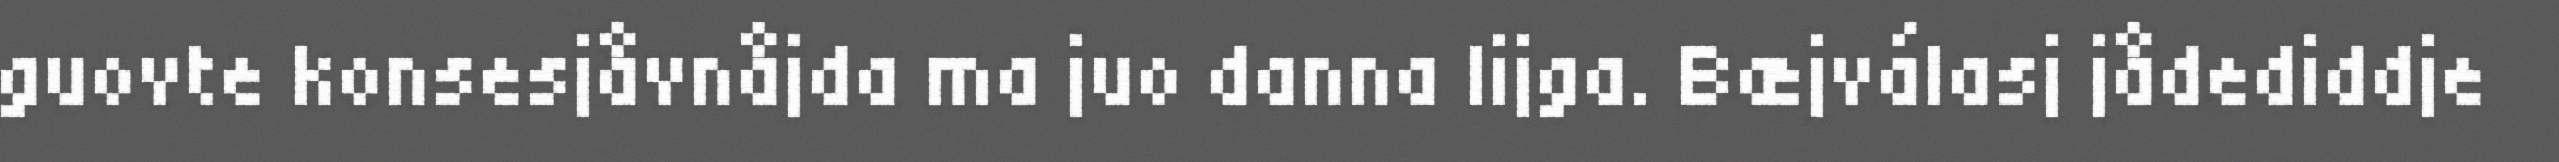
guovte konsesjåvnåjda ma juo danna lijga. Bæjválasj jådediddje